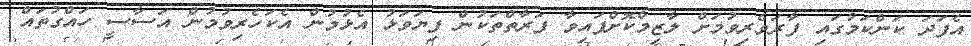
އެފަދަ ކަންކަމުގައި ފާރަވެރިވުމަށް ލާޒިމްކޮށްފައިވާ ފަރާތްތަކުން ފިޔަވަޅު އެޅުމުން އެކަހެރިވުމުން އަސާސީ ހައްގުތައް